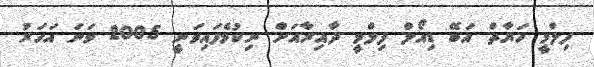
ފިލްމީ ހަޔާތް އަބޭ ޑިއޯލް ފިލްމީ ދާއިރާއަށް ނިކުމެފައިވަނީ 2005 ވަނަ އަހަރު